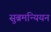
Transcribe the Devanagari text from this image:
सुब्रमन्यियन